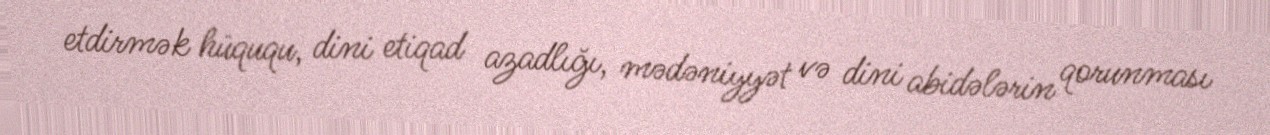
etdirmək hüququ, dini etiqad azadlığı, mədəniyyət və dini abidələrin qorunması